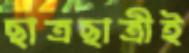
ছাত্রছাত্রীই